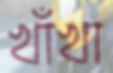
খাঁখা